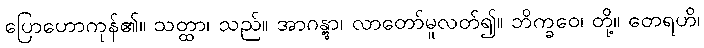
ပြောဟောကုန်၏။ သတ္ထာ၊ သည်။ အာဂန္တွာ၊ လာတော်မူလတ်၍။ ဘိက္ခဝေ၊ တို့။ တေရဟိ၊